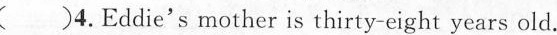
()4.Eddie's mother is thirty-eight years old.